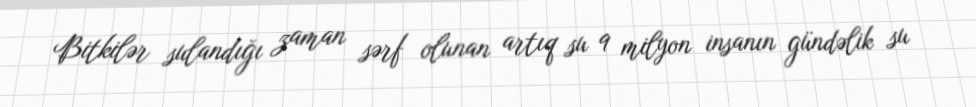
Bitkilər sulandığı zaman sərf olunan artıq su 9 milyon insanın gündəlik su